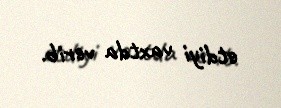
etdiyi vaxtda verib.